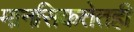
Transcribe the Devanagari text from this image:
मानसिकतेतही